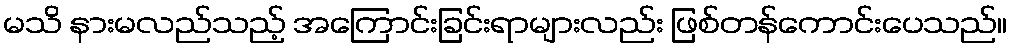
မသိ နားမလည်သည့် အကြောင်းခြင်းရာများလည်း ဖြစ်တန်ကောင်းပေသည်။